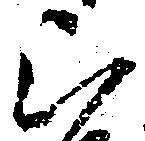
被